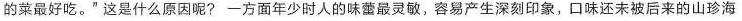
的菜最好吃。”这是什么原因呢?一方面年少时人的味蕾最灵敏，容易产生深刻印象，口味还未被后来的山珍海